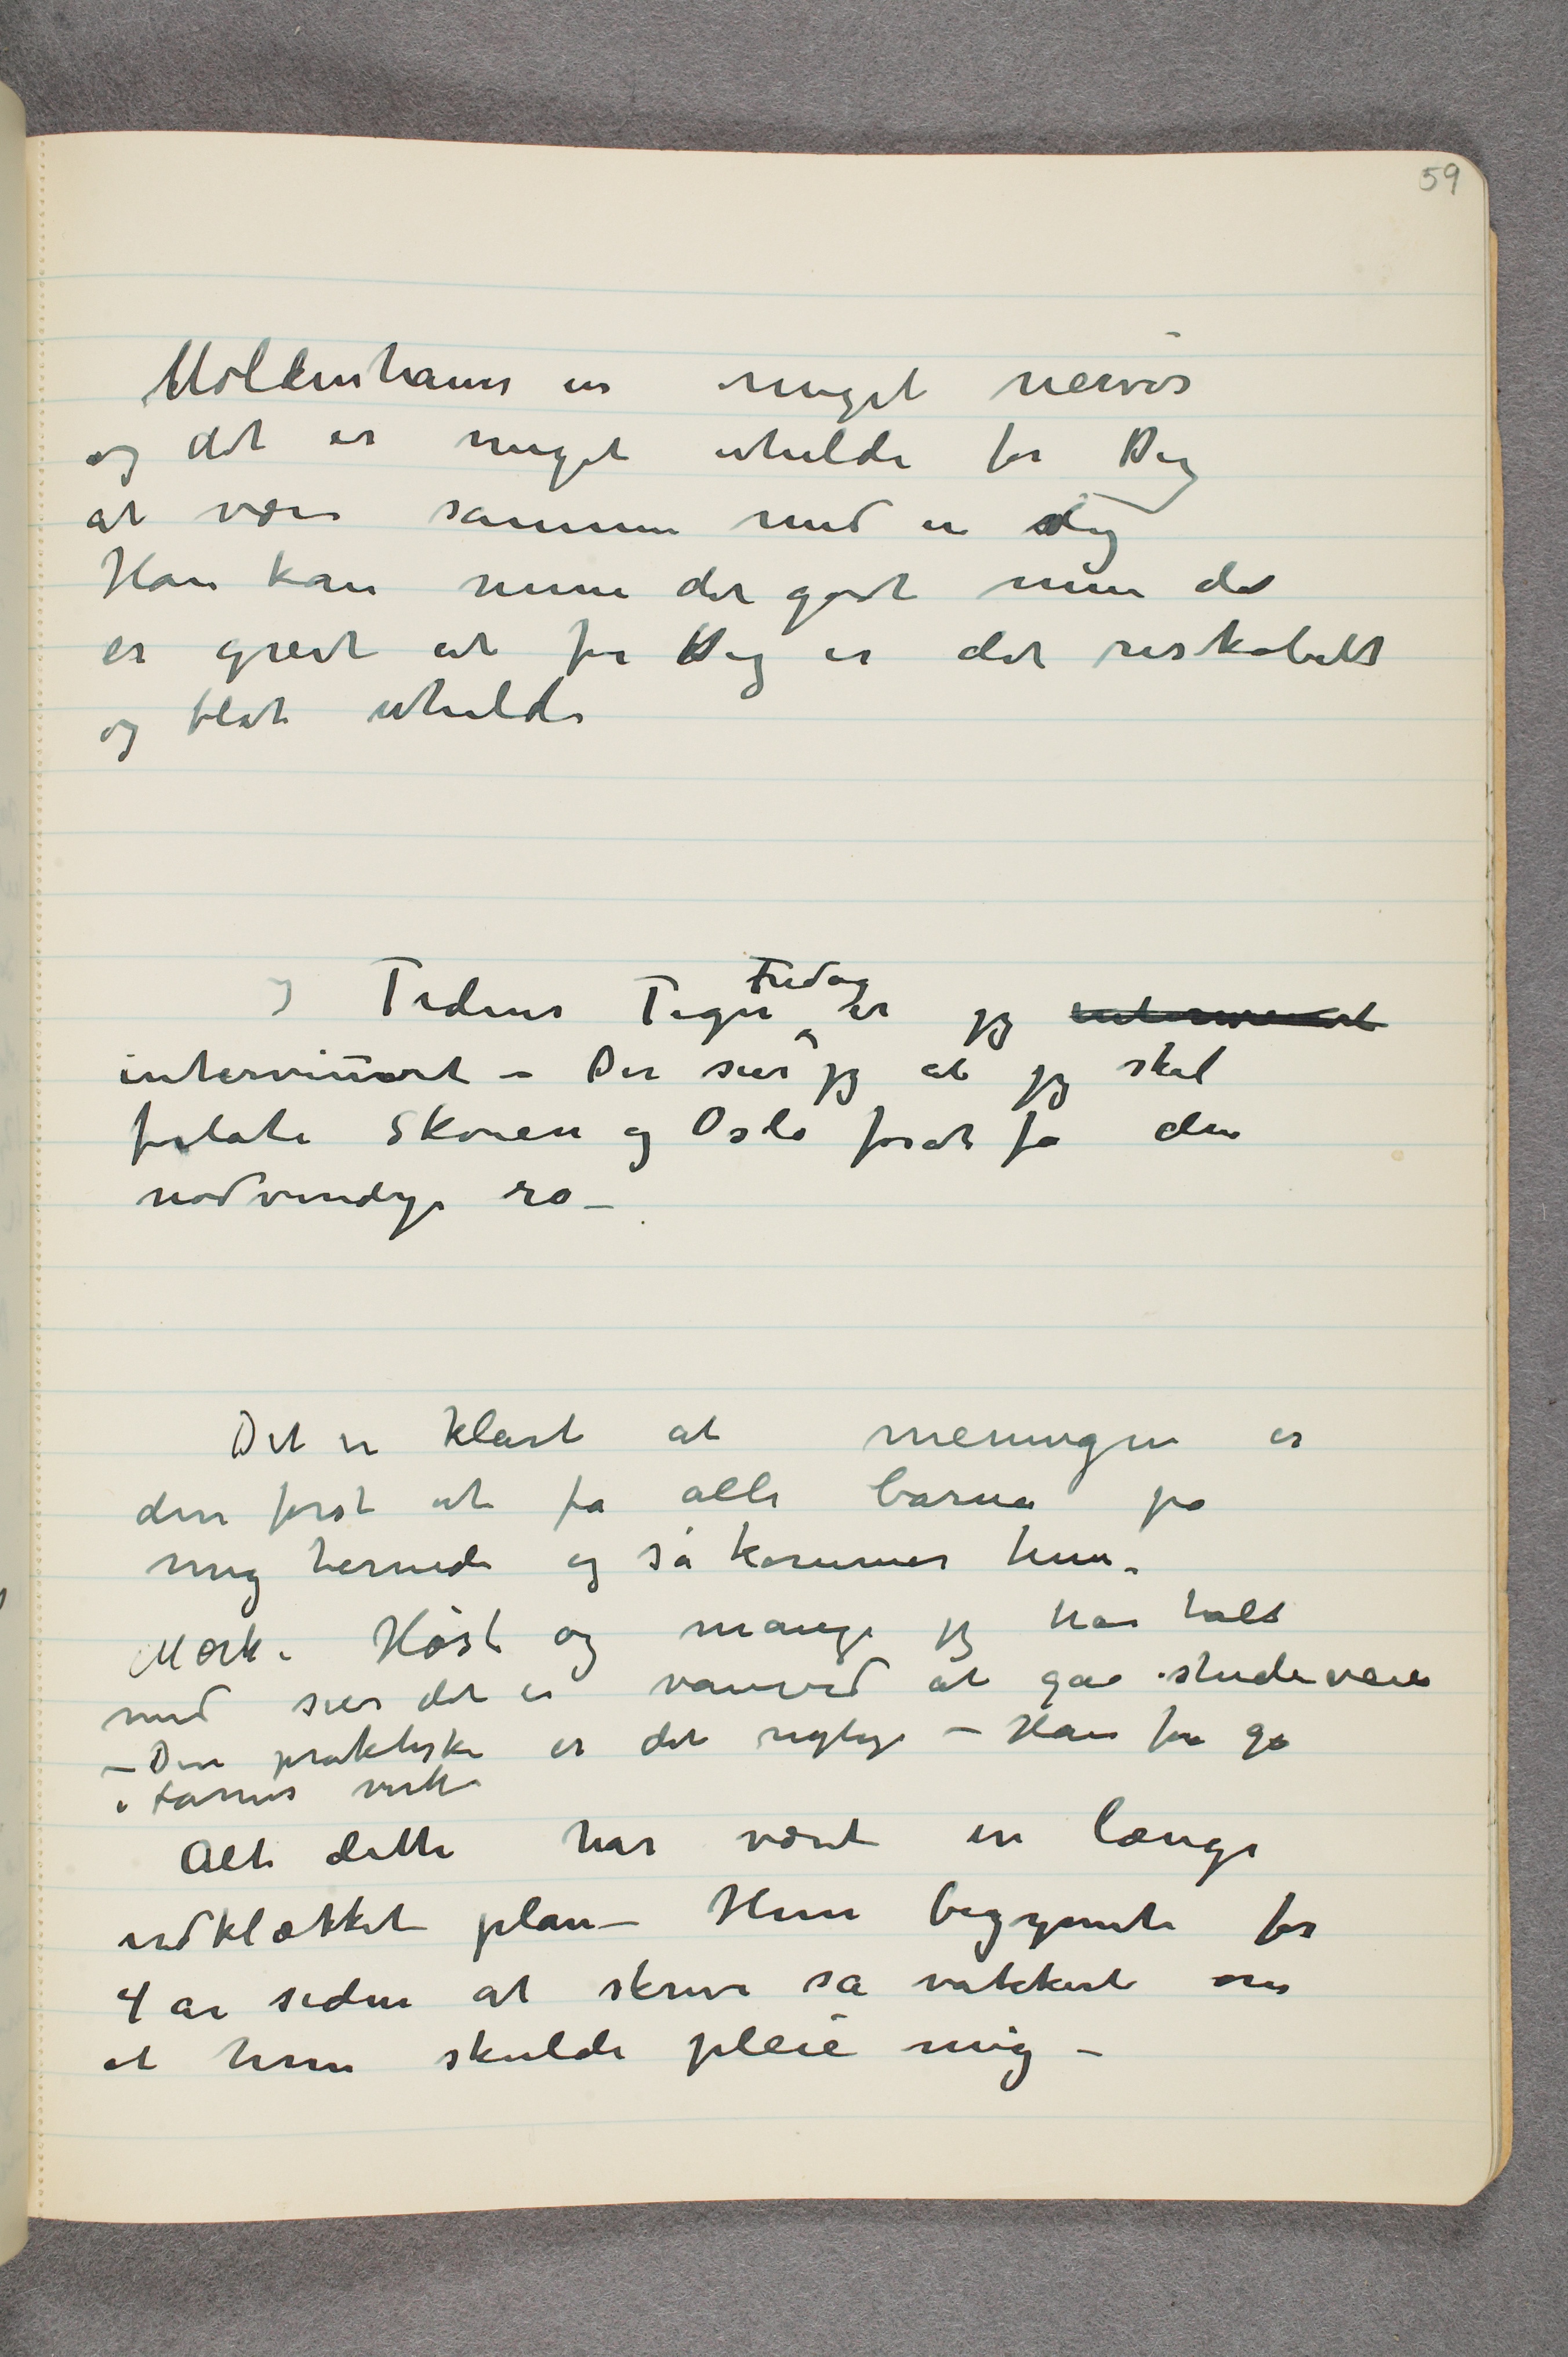
Moldenhauer er meget nervøs
og det er meget uheldi for Dig
at være sammen med en slig
Han kan mene det godt men det
er greit at for Dig er det riskabelt
og blot uheldi
I Tidens Tegn Fredag er jeg interwievet
interviuvet – Der sier jeg at jeg skal
forlate Skøien og Oslo forat få den
nødvendige ro –
Det er klart at meningen er
den først at få alle barna på
mig hernede og så kommer hun.
Mørk, Høst og mange jeg har talt
med sier det er vanvid at gå studieveien
– Den praktiske er det rigtige – Han får gå
i farens virke
Alt dette har vært en længe
udklækket plan – Hun begyndte for
4 år siden at skrive så vakkert om
at hun skulde pleie mig –